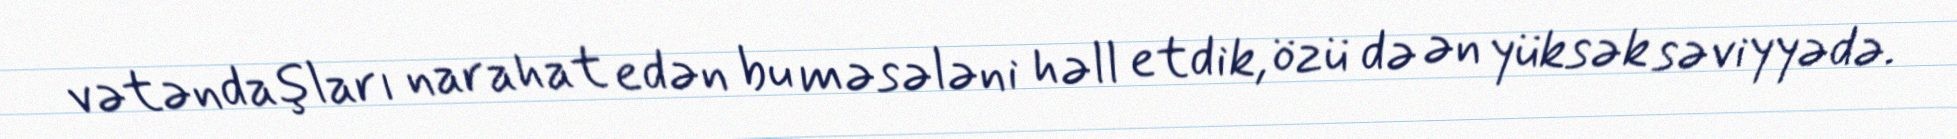
vətəndaşları narahat edən bu məsələni həll etdik, özü də ən yüksək səviyyədə.